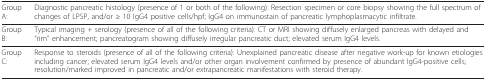
<table><thead><tr><td><b>Group A:</b></td><td><b>Diagnostic pancreatic histology (presence of 1 or both of the following): Resection specimen or core biopsy showing the full spectrum of changes of LPSP, and/or ≥ 10 IgG4 positive cells/hpf; IgG4 on immunostain of pancreatic lymphoplasmacytic infiltrate.</b></td></tr></thead><tbody><tr><td>Group B:</td><td>Typical imaging + serology (presence of all of the following criteria): CT or MRI showing diffusely enlarged pancreas with delayed and &quot;rim&quot; enhancement; pancreatogram showing diffusely irregular pancreatic duct; elevated serum IgG4 levels.</td></tr><tr><td>Group C:</td><td>Response to steroids (presence of all of the following criteria): Unexplained pancreatic disease after negative work-up for known etiologies including cancer; elevated serum IgG4 levels and/or other organ involvement confirmed by presence of abundant IgG4-positive cells; resolution/marked improved in pancreatic and/or extrapancreatic manifestations with steroid therapy.</td></tr></tbody></table>